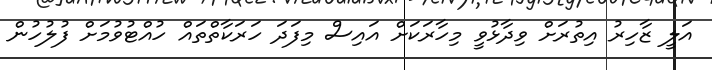
އަލީ ޒާހިރު އިތުރަށް ވިދާޅުވީ މިހާރަކަށް އައިސް މިފަދަ ހަރަކާތްތައް ހުއްޓުވުމަށް ފުލުހުން